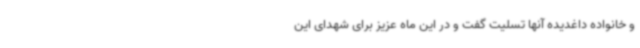
و خانواده داغدیده آنها تسلیت گفت و در این ماه عزیز برای شهدای این